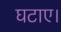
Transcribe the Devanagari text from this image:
घटाए।